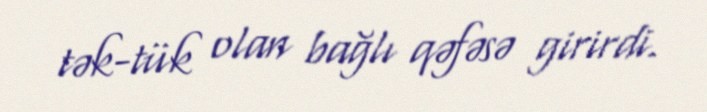
tək-tük olan bağlı qəfəsə girirdi.